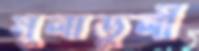
মুলাডুলী